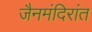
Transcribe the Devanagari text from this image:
जैनमंदिरांत